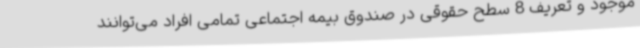
موجود و تعریف 8 سطح حقوقی در صندوق بیمه اجتماعی تمامی افراد می‌توانند